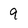
Character: 9